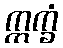
ဣက္ခံ